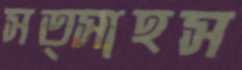
সত্সাহস